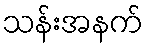
သန်းအနက်